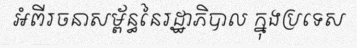
អំពីរចនាសម្ព័ន្ធនៃរដ្ឋាភិបាល ក្នុងប្រទេស